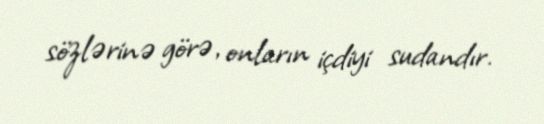
sözlərinə görə, onların içdiyi sudandır.